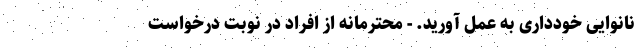
نانوایی خودداری به عمل آورید. - محترمانه از افراد در نوبت درخواست